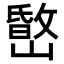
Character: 𡼐